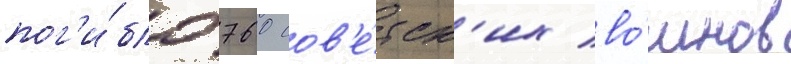
пог'и́бло 760 сов'е́тск'их во́инов